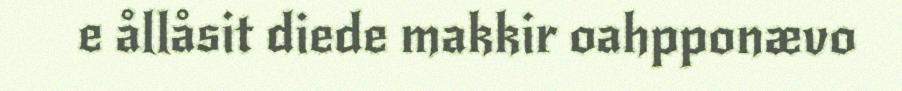
e ållåsit diede makkir oahpponævo